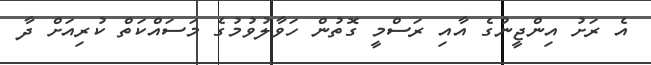
އެ ރަށު އިންޖީނުގެ އާއި ރަސްމީ ގޮތުން ހަވާލުވުމުގެ މަސައްކަތް ކުރިއަށް ދާ